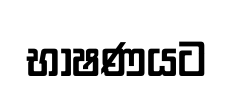
භාෂණයට